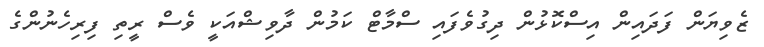
ޒެވިޔަން ފަދައިން އިސްކޮޅުން ދިގުވެފައި ސްމާޓް ކަމުން ދާވިޝްއަކީ ވެސް ރީތި ފިރިހެނުންގެ